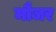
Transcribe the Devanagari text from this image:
मौजर